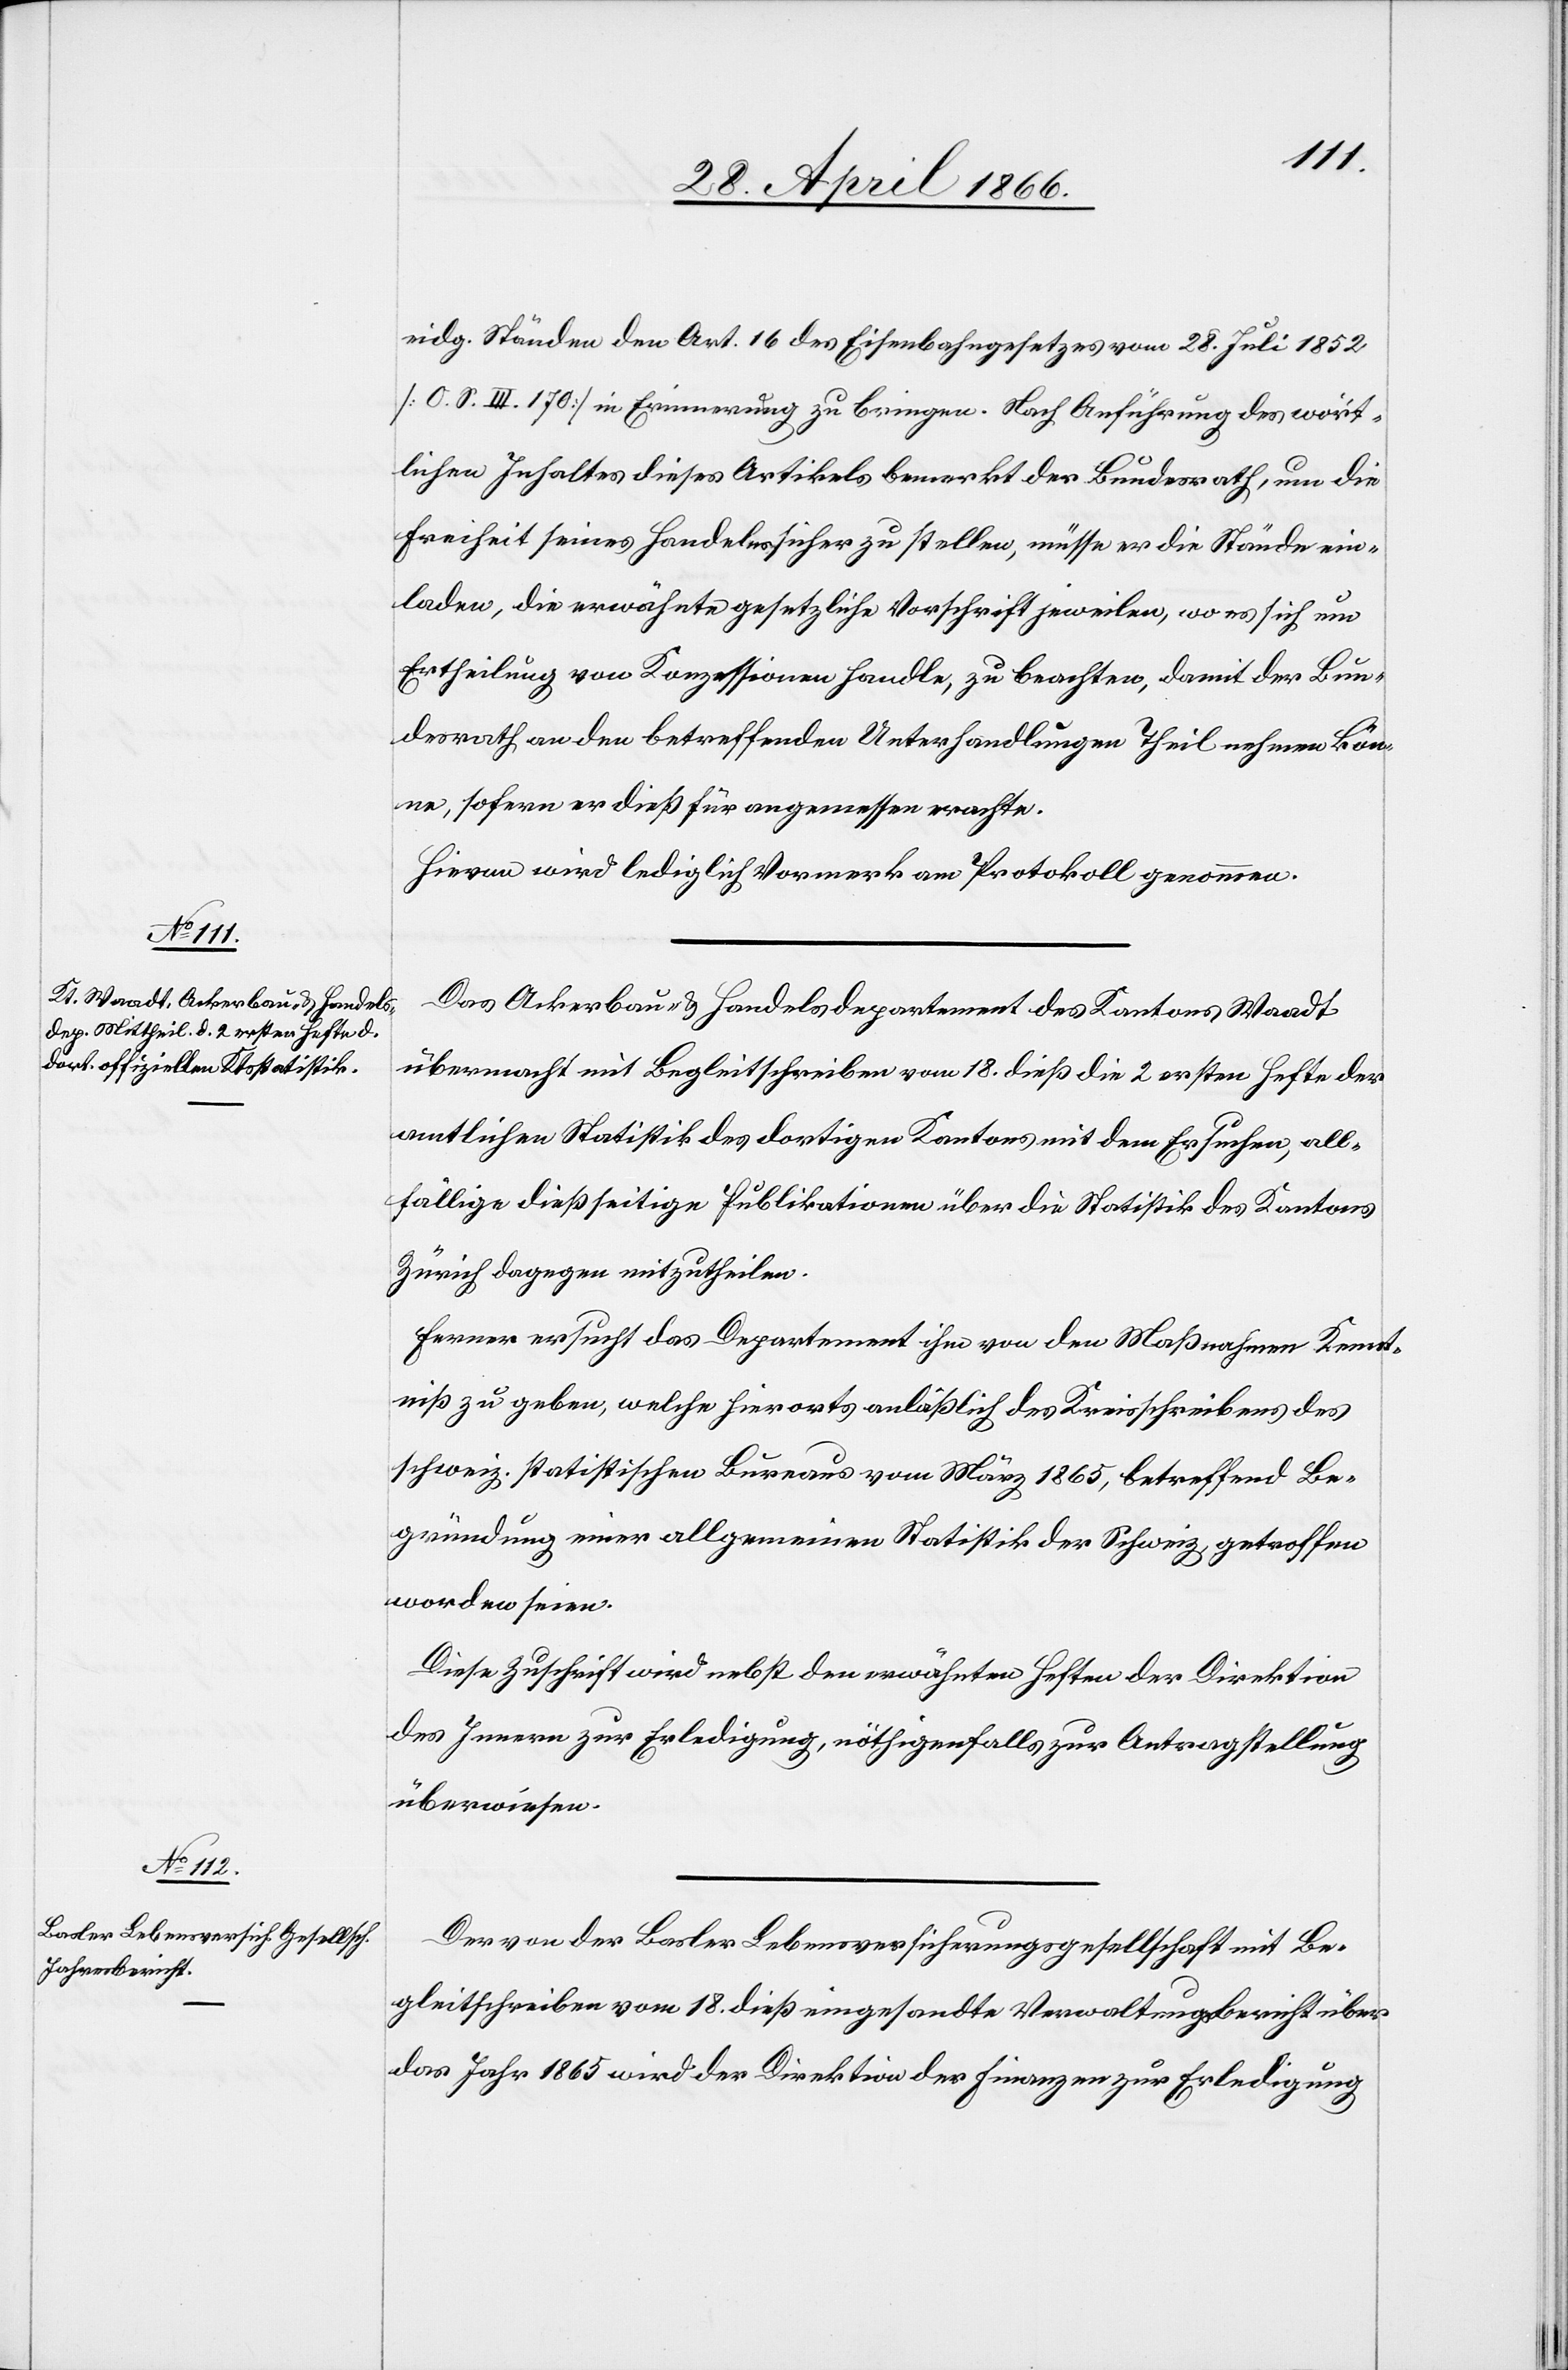
1865,
eidg. Ständen den Art. 16 des Eisenbahngesetzes vom 28. Juli 1852
[O. S. III. 170] in Erinnerung zu bringen. Nach Anführung des wört¬
lichen Inhaltes dieses Artikels bemerkt der Bundesrath, um die
Freiheit seines Handelns sicher zu stellen, müsse er die Stände ein¬
laden, die erwähnte gesetzliche Vorschrift jeweilen, wo es sich um
Ertheilung von Konzessionen handle, zu beachten, damit der Bun¬
desrath an den betreffenden Unterhandlungen Theil nehmen kön¬
ne, sofern er dieß für angemessen erachte.
Hievon wird lediglich Vormerk am Protokoll genommen.
Das Ackerbau- u. Handelsdepartement des Kantons Waadt
übermacht mit Begleitschreiben vom 18. dieß die 2 ersten Hefte der
amtlichen Statistik des dortigen Kantons mit dem Ersuchen, all¬
fällige dießseitige Publikationen über die Statistik des Kantons
Zürich dagegen mitzutheilen.
Ferner ersucht das Departement ihm von den Maßnahmen Kennt¬
niß zu geben, welche hierorts anläßlich des Kreisschreibens des
Begründung einer allgemeinen Statistik der Schweiz, getroffen
worden seien.
Diese Zuschrift wird nebst den erwähnten Heften der Direktion
des Innern zur Erledigung, nöthigenfalls zur Antragstellung
überwiesen.
Der von der Basler Lebensversicherungsgesellschaft mit Be¬
gleitschreiben vom 18. dieß eingesandte Verwaltungsbericht über
das Jahr 1865 wird der Direktion der Finanzen zur Erledigung